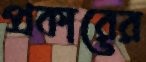
প্রকারের